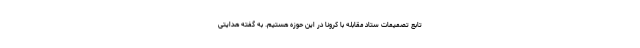
تابع تصمیمات ستاد مقابله با کرونا در این حوزه هستیم. به گفته هدایتی